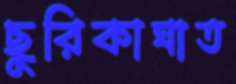
ছুরিকাঘাত